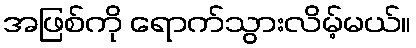
အဖြစ်ကို ရောက်သွားလိမ့်မယ်။